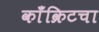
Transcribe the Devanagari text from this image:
काँक्रिटचा